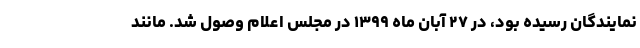
نمایندگان رسیده بود، در ۲۷ آبان ماه ۱۳۹۹ در مجلس اعلام وصول شد. مانند